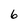
Character: 6